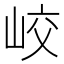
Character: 峧